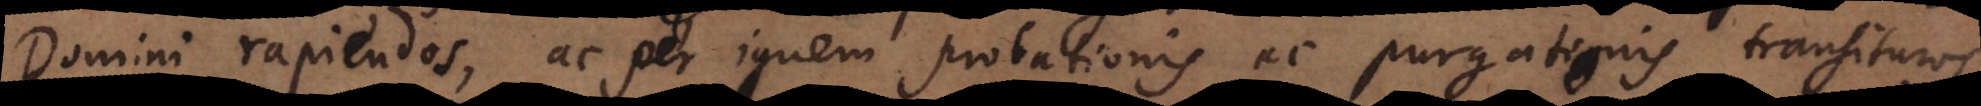
Domini rapiendos, ac per ignem probationis ac purgationis transituros